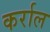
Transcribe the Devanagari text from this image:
कर्राल